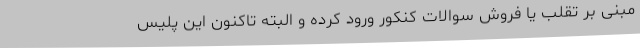
مبنی بر تقلب یا فروش سوالات کنکور ورود کرده و البته تاکنون این پلیس